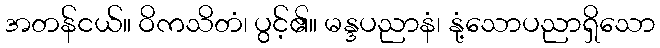
အတန်ငယ်။ ဝိကသိတံ၊ ပွင့်၏။ မန္ဒပညာနံ၊ နုံ့သောပညာရှိသော